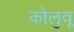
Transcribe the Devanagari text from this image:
कोलुवू